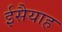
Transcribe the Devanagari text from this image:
ईसैयाह